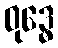
ဝုဒ္ဓေ